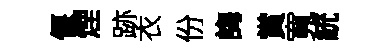
偃煙跡衣份誨賞寬統